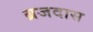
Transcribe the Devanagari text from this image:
ब्रजदास